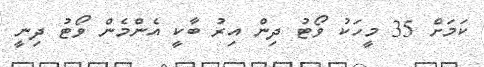
ކަމަށް 35 މީހަކު ވޯޓު ދިން އިރު ބާކީ އެންމެން ވޯޓު ދިނީ